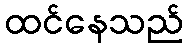
ထင်နေသည်